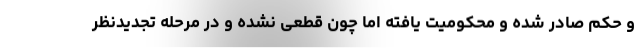
و حکم صادر شده و محکومیت یافته اما چون قطعی نشده و در مرحله تجدیدنظر